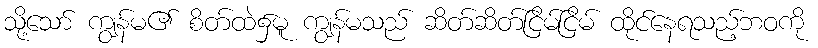
သို့သော် ကျွန်မ၏ စိတ်ထဲ၌မူ ကျွန်မသည် ဆိတ်ဆိတ်ငြိမ်ငြိမ် ထိုင်နေရသည့်ဘဝကို